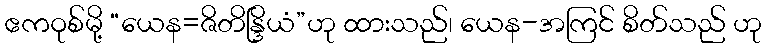
ဧကဝုစ်မို့ “ယေန=ဇိတိန္ဒြိယံ”ဟု ထားသည်၊ ယေန-အကြင် စိတ်သည် ဟု